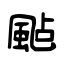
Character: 颭